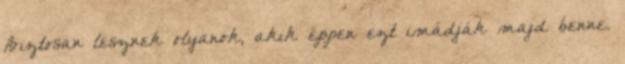
Biztosan lesznek olyanok, akik éppen ezt imádják majd benne.